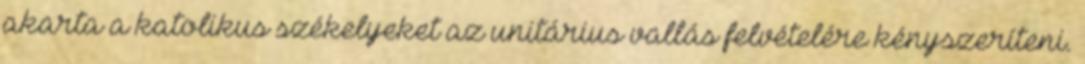
akarta a katolikus székelyeket az unitárius vallás felvételére kényszeríteni.